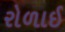
રોળાઈ